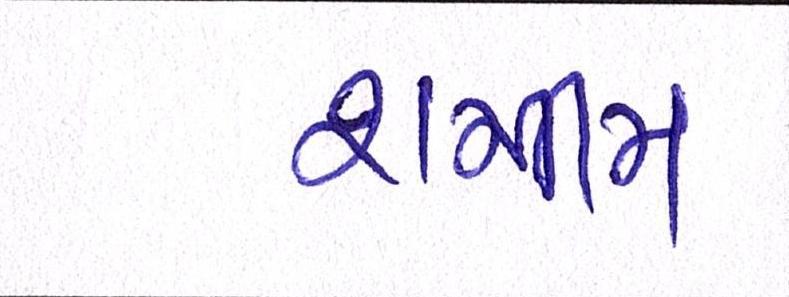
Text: શમીમ